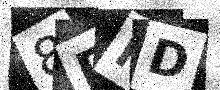
Text: 8PMD